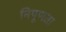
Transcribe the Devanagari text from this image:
निपूणता